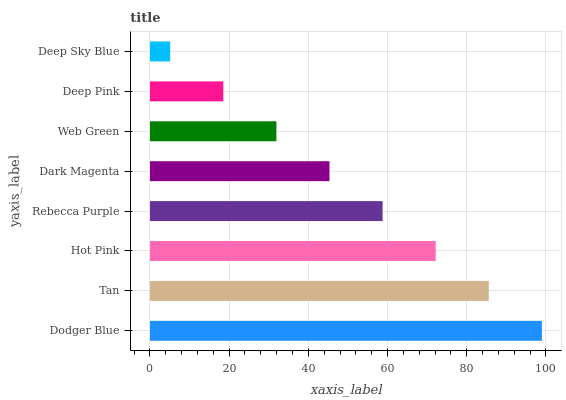
| yaxis_label | bars |
 | --- | --- |
 | Dodger Blue | 99 |
 | Tan | 85.6 |
 | Hot Pink | 72.2 |
 | Rebecca Purple | 58.8 |
 | Dark Magenta | 45.3 |
 | Web Green | 31.9 |
 | Deep Pink | 18.5 |
 | Deep Sky Blue | 5.11 |